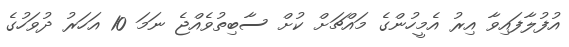
އުފުލާފައިވާ އިރު އެމީހުންގެ މައްޗަށް ކުށް ސާބިތުވެއްޖެ ނަމަ 10 އަހަރު ދުވަހުގެ